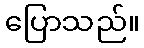
ပြောသည်။